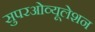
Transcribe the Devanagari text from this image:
सुपरओव्यूलेशन